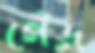
গেঁড়ু